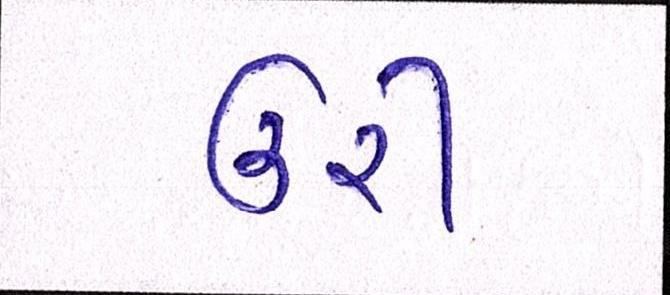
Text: ઉરી